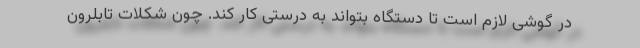
در گوشی لازم است تا دستگاه بتواند به درستی کار کند. چون شکلات تابلرون